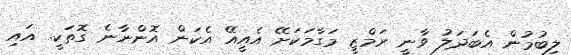
ލިބުމުން އެބަދަލު ވާނީ ރަމްޒީ މަގާމަކަށޭ އެއީއޭ އެކަން އޮންނާނެ ގޮތަކީ. އައި